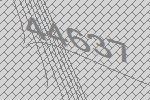
44637